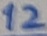
Text: 12